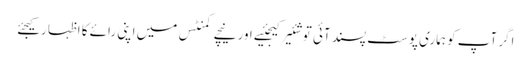
اگر آپ کو ہماری پوسٹ پسند آئی تو شئیر کیجئیے اور نیچے کمنٹس میں اپنی رائے کا اظہا رکیجئے